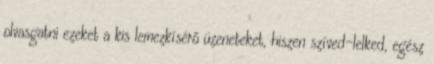
olvasgatni ezeket a kis lemezkísérő üzeneteket, hiszen szíved-lelked, egész